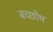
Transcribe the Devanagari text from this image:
बच्छोम